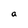
Character: a